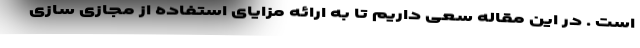
است . در این مقاله سعی داریم تا به ارائه مزایای استفاده از مجازی سازی